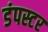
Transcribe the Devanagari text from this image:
डंपस्टर